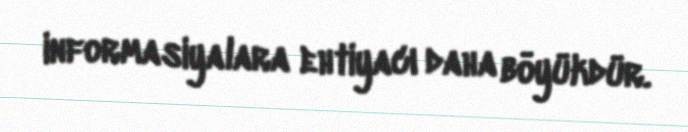
informasiyalara ehtiyacı daha böyükdür.